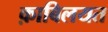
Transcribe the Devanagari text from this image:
क़ाबिलयत